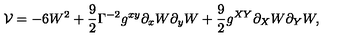
{ \cal V } = - 6 W ^ { 2 } + \frac { 9 } { 2 } \Gamma ^ { - 2 } g ^ { x y } \partial _ { x } W \partial _ { y } W + \frac { 9 } { 2 } g ^ { X Y } \partial _ { X } W \partial _ { Y } W ,